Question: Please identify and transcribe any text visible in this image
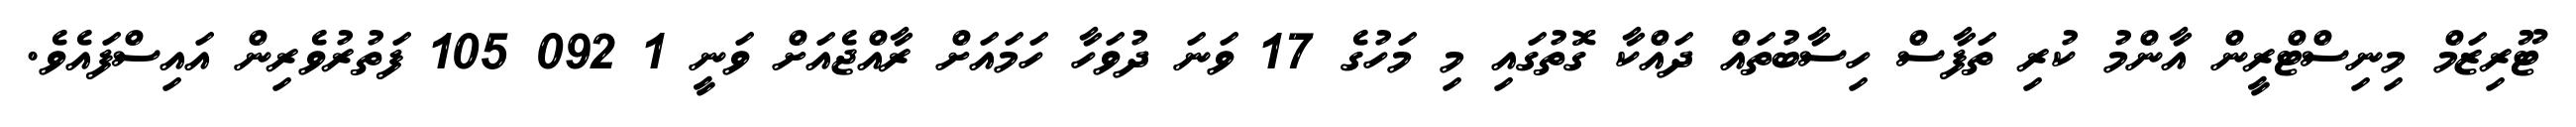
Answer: ޓޫރިޒަމް މިނިސްޓްރީން އާންމު ކުރި ތަފާސް ހިސާބުތައް ދައްކާ ގޮތުގައި މި މަހުގެ 17 ވަނަ ދުވަހާ ހަމައަށް ރާއްޖެއަށް ވަނީ 1 092 105 ފަތުރުވެރިން އައިސްފައެވެ.